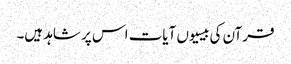
قرآن کی بیسیوں آیات اس پر شاہد ہیں۔